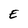
Character: E